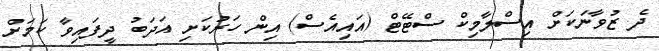
ދެ ޒުވާނަކަށް އިސްލާމިކް ސްޓޭޓް (އައިއެސް) އިން ހަރުކަށި އަދަބު ދީފައިވާ ކަމަށް